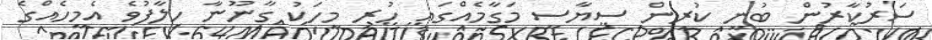
ސަރުކާރުން ބުނީ ކުރިން ސިޔާސީ މަގާމެއްގައި ހުރި މީހަކު ގާނޫނާ ހިލާފުވެ އެމީހެއްގެ